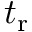
t _ { \mathrm { r } }